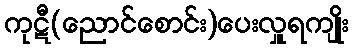
ကုဋီ(ညောင်စောင်း)ပေးလှူရကျိုး